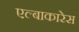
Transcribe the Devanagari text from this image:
एल्बाकारेस